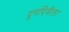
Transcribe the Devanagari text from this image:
दुर्गादेवीला